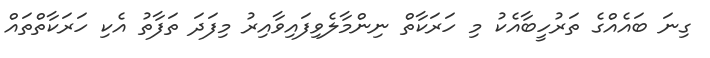
ގިނަ ބައެއްގެ ތަރުހީބާއެކު މި ހަރަކާތް ނިންމާލެވިފައިވާއިރު މިފަދަ ތަފާތު އެކި ހަރަކާތްތައް